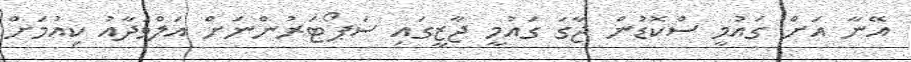
އޭނާ އަށް ގައުމީ ސްކޮޑުން ޖާގަ ގައުމީ ޖާޒީގައި ސަޕޯޓަރުންނަށް އަލްވަދާއު ކިއުމަށް